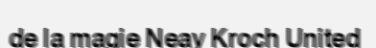
de la magie Neay Kroch United